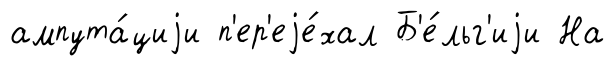
ампута́циjи п'ер'еjе́хал Б'е́льг'иjи На